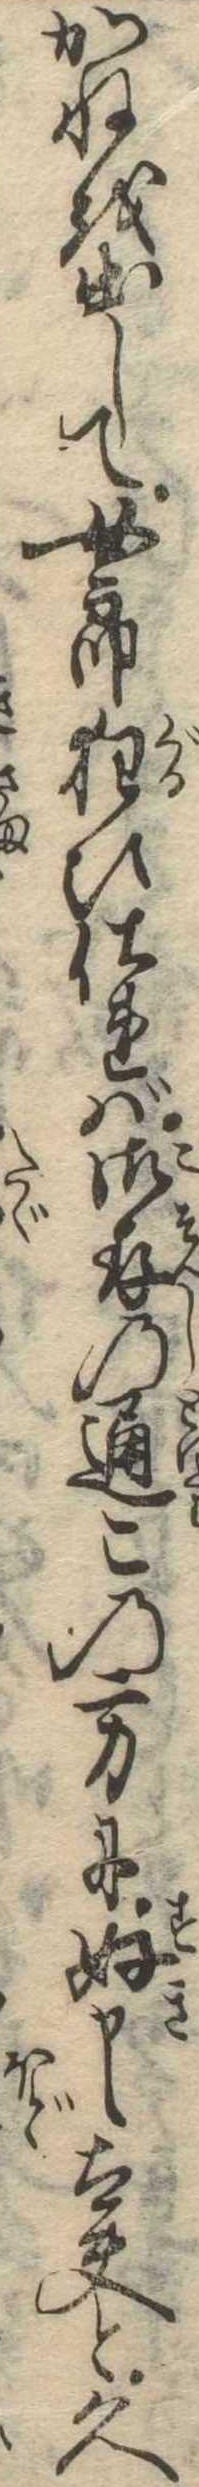
かねを出して女郎狂ひ仕れば御存の通この方に好太夫と久